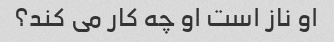
او ناز است او چه کار می کند؟